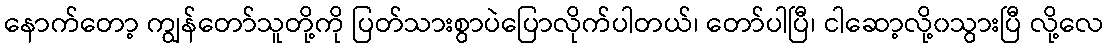
နောက်တော့ ကျွန်တော်သူတို့ကို ပြတ်သားစွာပဲပြောလိုက်ပါတယ်၊ တော်ပါပြီ၊ ငါဆော့လို့၀သွားပြီ လို့လေ